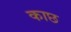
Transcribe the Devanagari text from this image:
काछ